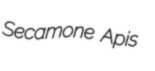
Secamone Apis